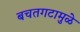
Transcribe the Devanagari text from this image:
बचतगटामुळे